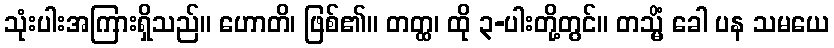
သုံးပါးအကြားရှိသည်။ ဟောတိ၊ ဖြစ်၏။ တတ္ထ၊ ထို ၃-ပါးတို့တွင်။ တသ္မိံ ခေါ ပန သမယေ